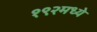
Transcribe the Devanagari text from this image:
१९२मध्ये